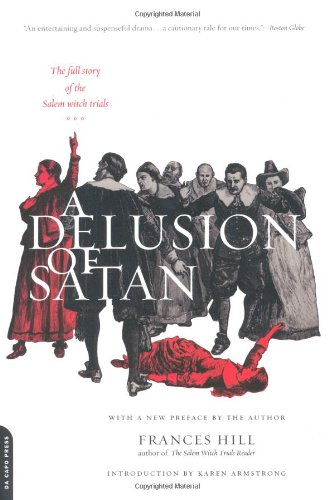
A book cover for A Delusion Of Satan: The Full Story Of The Salem Witch Trials; Frances Hill; History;